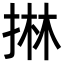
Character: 㨆